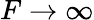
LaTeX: {F}\to\infty